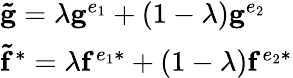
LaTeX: \begin{array}{l}{\mathbf{\tilde{g}}=\lambda\mathbf{g}^{e_{1}}+(1-\lambda)\mathbf{g}^{e_{2}}}\\ {\mathbf{\tilde{f}}^{*}=\lambda\mathbf{f}^{e_{1}*}+(1-\lambda)\mathbf{f}^{e_{2}*}}\end{array}